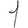
Digit: 1